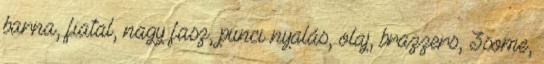
barna, fiatal, nagy fasz, punci nyalás, olaj, brazzers, 3some,